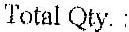
TOTAL QTY. :